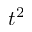
t ^ { 2 }